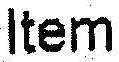
ITEM